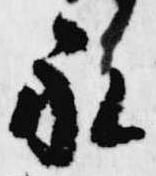
永